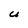
Character: u